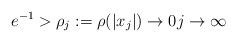
LaTeX: \begin{align*} e^{-1} > \rho_j := \rho(|x_j|) \to 0j\to\infty\end{align*}